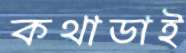
কথাডাই